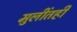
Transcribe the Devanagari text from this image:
मुलींतही